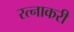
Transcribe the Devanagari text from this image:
रत्नाकरी